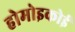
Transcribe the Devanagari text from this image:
होमोइकोई